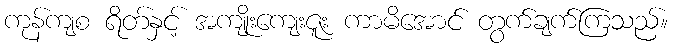
ကုန်ကျစ ရိတ်နှင့် အကျိုးကျေးဇူး ကာမိအောင် တွက်ချက်ကြသည်။